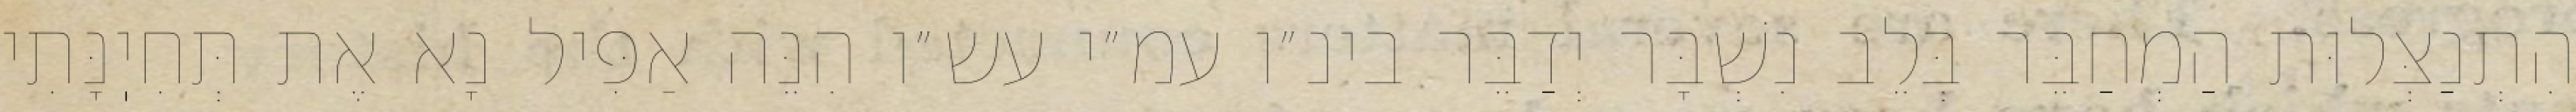
הִתְנַצְּלוּת הַמְחַבֵּר בְּלֵב נִשְׁבָּר יְדַבֵּר בינ״ו עמ״י עש״ו הִנֵּה אַפִּיל נָא אֶת תְּחִיֽנָּתִי